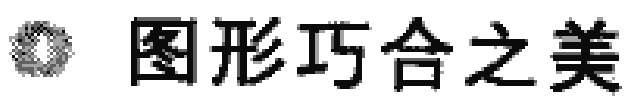
\text{图形巧合之美}